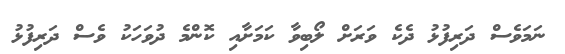
ނަމަވެސް ދަރިފުޅު ދެކެ ވަރަށް ލޯބިވާ ކަމަށާއި ކޮންމެ ދުވަހަކު ވެސް ދަރިފުޅު